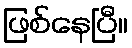
ဖြစ်နေပြီ။